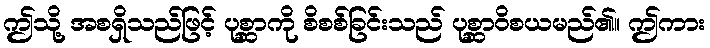
ဤသို့ အစရှိသည်ဖြင့် ပုစ္ဆာကို စိစစ်ခြင်းသည် ပုစ္ဆာဝိစယမည်၏။ ဤကား